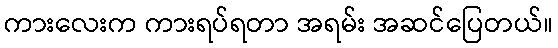
ကားလေးက ကားရပ်ရတာ အရမ်း အဆင်ပြေတယ်။